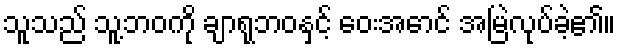
သူသည် သူ့ဘဝကို ချာရုဘဝနှင့် ဝေးအောင် အမြဲလုပ်ခဲ့၏။